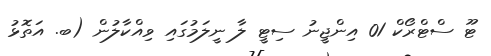
ޓޫ ސްޓްރޯކް 01 އިންޖީނު ސިޓީ ލާ ނީލަމުގައި ވިއްކާލުން (ބ. އަތޮޅު